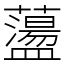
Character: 蘯